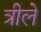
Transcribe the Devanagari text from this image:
त्रीले